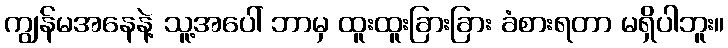
ကျွန်မအနေနဲ့ သူ့အပေါ် ဘာမှ ထူးထူးခြားခြား ခံစားရတာ မရှိပါဘူး။